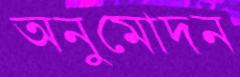
অনুমোদন